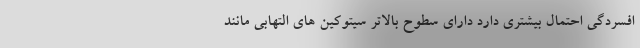
افسردگی احتمال بیشتری دارد دارای سطوح بالاتر سیتوکین های التهابی مانند